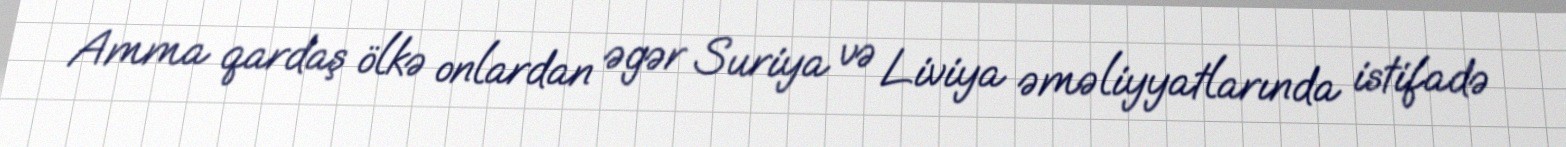
Amma qardaş ölkə onlardan əgər Suriya və Liviya əməliyyatlarında istifadə